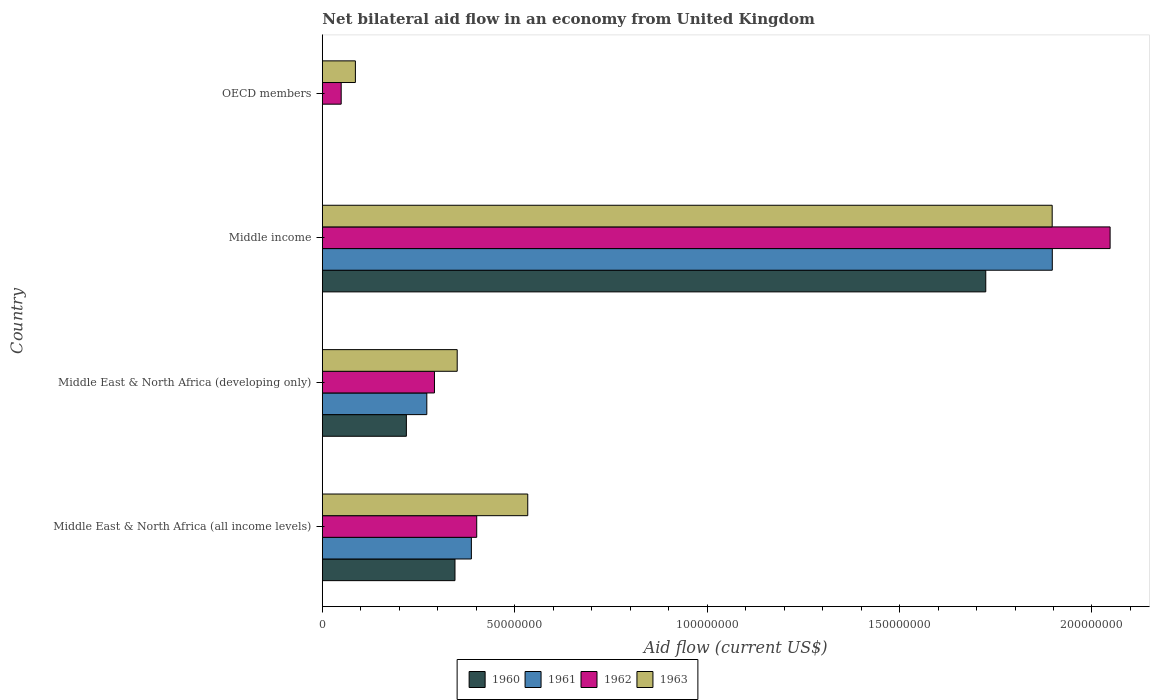
| Country | 1960 | 1961 | 1962 | 1963 |
 | --- | --- | --- | --- | --- |
 | Middle East & North Africa (all income levels) | 3.45e+07 | 3.87e+07 | 4.01e+07 | 5.34e+07 |
 | Middle East & North Africa (developing only) | 2.18e+07 | 2.72e+07 | 2.91e+07 | 3.50e+07 |
 | Middle income | 1.72e+08 | 1.9e+08 | 2.05e+08 | 1.9e+08 |
 | OECD members | -2.37e+06 | -5.8e+05 | 4.9e+06 | 8.59e+06 |